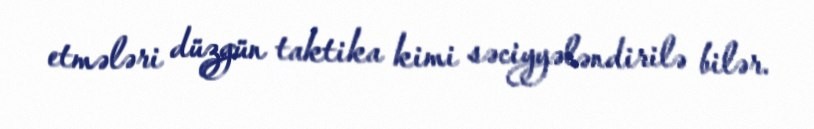
etmələri düzgün taktika kimi səciyyələndirilə bilər.